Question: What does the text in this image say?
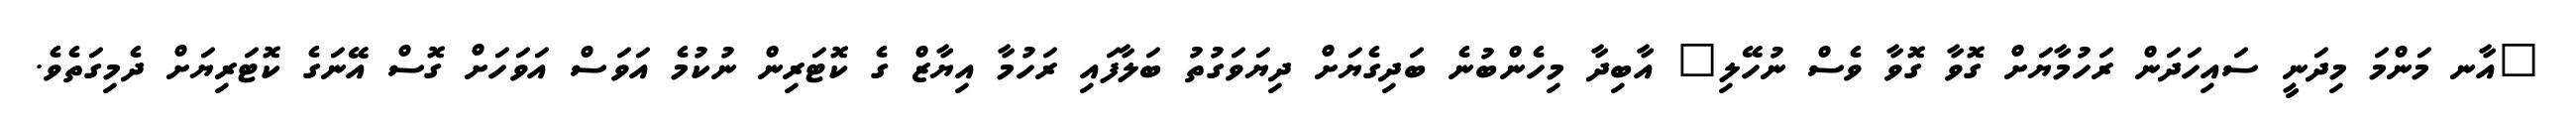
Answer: "އާނ މަންމަ މިދަނީ ސައިހަދަން ރަހުމާޔަށް ގޮވާ ގޮވާ ވެސް ނުހޭލި" އާބިދާ މިހެންބުނެ ބަދިގެޔަށް ދިޔަވަގުތު ބަލާފައި ރަހުމާ އިޔާޒް ގެ ކޮޓަރިން ނުކުމެ އަވަސް އަވަހަށް ގޮސް އޭނަގެ ކޮޓަރިޔަށް ދެމިގަތެވެ.